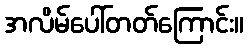
အလိမ်ပေါ်တတ်ကြောင်း။